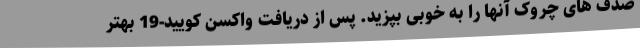
صدف های چروک آنها را به خوبی بپزید. پس از دریافت واکسن کویید-19 بهتر